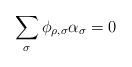
LaTeX: \begin{align*}\sum_\sigma \phi_{\rho,\sigma} \alpha_\sigma=0 \end{align*}